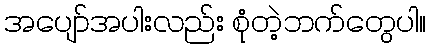
အပျော်အပါးလည်း စုံတဲ့ဘက်တွေပါ။